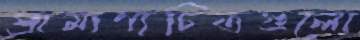
প্রামাণ্যচিত্রগুলো